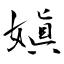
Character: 嫃